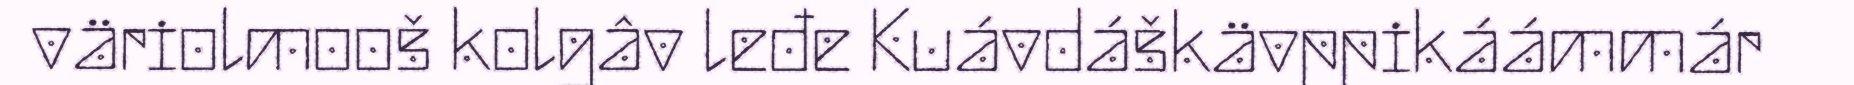
väriolmooš kolgâv leđe Kuávdáškävppikáámmár